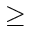
\geq